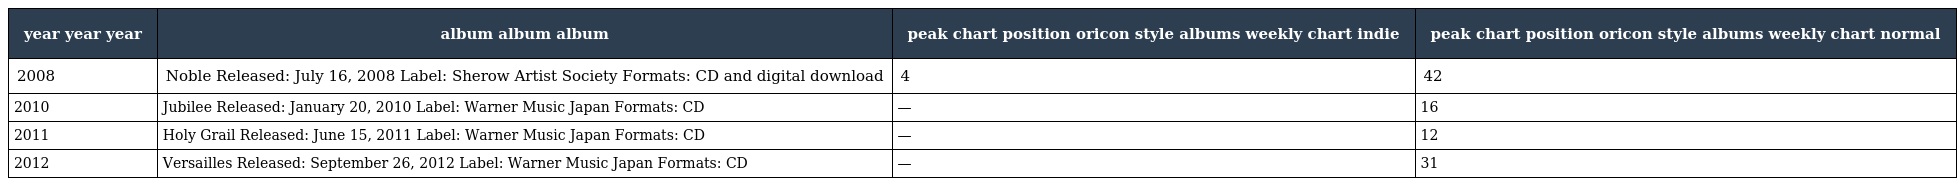
| year year year | album album album | peak chart position oricon style albums weekly chart indie | peak chart position oricon style albums weekly chart normal |
 | --- | --- | --- | --- |
 | 2008 | Noble Released: July 16, 2008 Label: Sherow Artist Society Formats: CD and digital download | 4 | 42 |
 | 2010 | Jubilee Released: January 20, 2010 Label: Warner Music Japan Formats: CD | — | 16 |
 | 2011 | Holy Grail Released: June 15, 2011 Label: Warner Music Japan Formats: CD | — | 12 |
 | 2012 | Versailles Released: September 26, 2012 Label: Warner Music Japan Formats: CD | — | 31 |